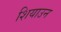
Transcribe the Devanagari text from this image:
शियाउन